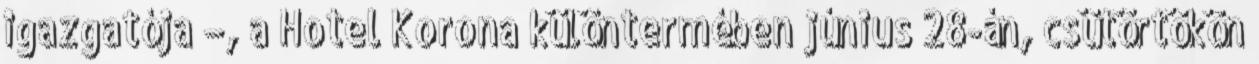
igazgatója –, a Hotel Korona különtermében június 28-án, csütörtökön